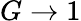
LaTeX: G\to 1